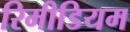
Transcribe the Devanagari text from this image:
रिमीडियम